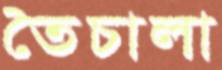
তৈচালা